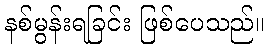
နစ်မွန်းရခြင်း ဖြစ်ပေသည်။